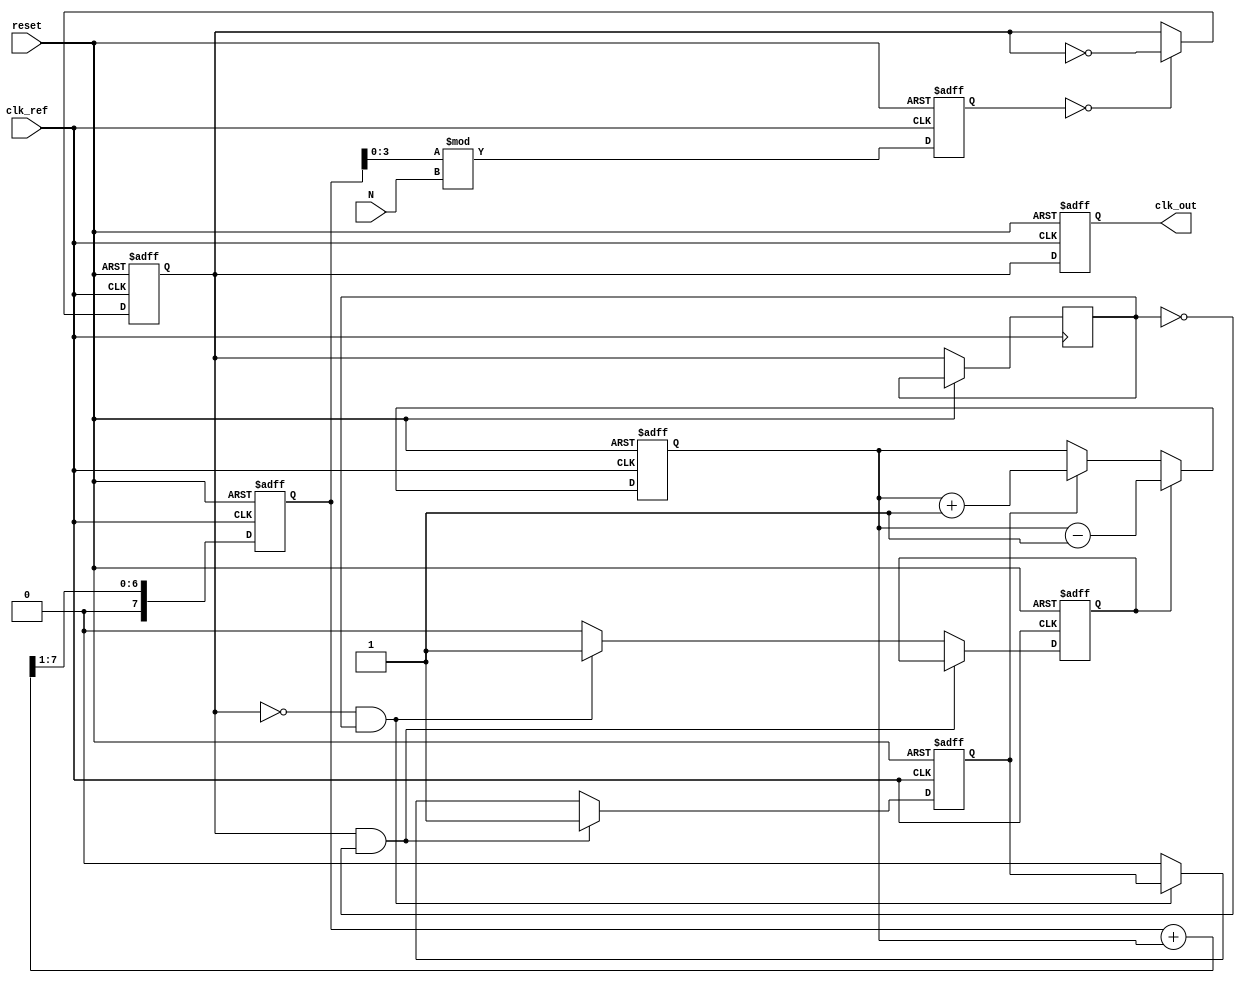
module integer_n_pll (
    input wire clk_ref,          // Reference clock
    input wire reset,           // Reset signal
    input wire [3:0] N,         // Division factor (programmable)
    output reg clk_out          // Output clock signal
);

// Phase Frequency Detector (PFD)
reg pfd_up, pfd_down;
reg clk_div;                  // Divided clock from VCO
reg clk_div_last;             // Last divided clock state

always @(posedge clk_ref or posedge reset) begin
    if (reset) begin
        pfd_up <= 1'b0;
        pfd_down <= 1'b0;
    end else begin
        // PFD Logic
        if (clk_div && !clk_div_last)
            pfd_up <= 1'b1;
        else if (!clk_div && clk_div_last)
            pfd_down <= 1'b1;
        else begin
            pfd_up <= 1'b0;
            pfd_down <= 1'b0;
        end
        clk_div_last <= clk_div;
    end
end

// Charge Pump (CP)
reg [7:0] cp_output;         // Control voltage (8-bit for simplicity)
always @(posedge clk_ref or posedge reset) begin
    if (reset) begin
        cp_output <= 8'b0;
    end else begin
        if (pfd_up) 
            cp_output <= cp_output + 1; // Increase charge
        if (pfd_down) 
            cp_output <= cp_output - 1; // Decrease charge
    end
end

// Loop Filter (LF)
reg [7:0] lf_output;         // Filtered control voltage
always @(posedge clk_ref or posedge reset) begin
    if (reset) begin
        lf_output <= 8'b0;
    end else begin
        // Simple low-pass filter (1st order)
        lf_output <= (lf_output + cp_output) >> 1; // Averaging
    end
end

// Voltage-Controlled Oscillator (VCO)
reg [3:0] vco_counter;       // VCO output counter
always @(posedge clk_ref or posedge reset) begin
    if (reset) begin
        vco_counter <= 4'b0;
    end else begin
        // Frequency control based on LF output
        vco_counter <= (lf_output[3:0] % N); // Simple mod operation for frequency
    end
end

// Divider (N-divider)
always @(posedge clk_ref or posedge reset) begin
    if (reset) begin
        clk_div <= 1'b0;
    end else begin
        // Simple clock divider
        clk_div <= (vco_counter == 0) ? ~clk_div : clk_div; // Toggle on vco_counter
    end
end

// Output generation
always @(posedge clk_ref or posedge reset) begin
    if (reset) begin
        clk_out <= 1'b0;
    end else begin
        clk_out <= clk_div; // Output from divided clock
    end
end

endmodule